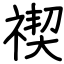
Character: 禊